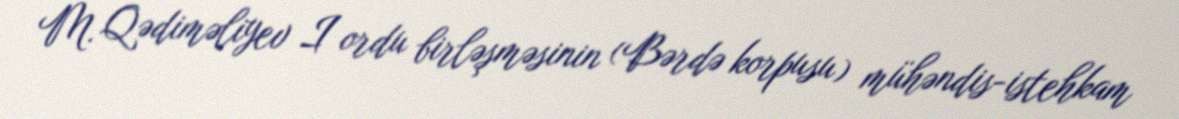
M. Qədiməliyev I ordu birləşməsinin (Bərdə korpusu) mühəndis-istehkam